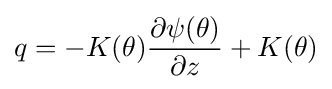
q=-K(\theta ){\frac {\partial \psi (\theta )}{\partial z}}+K(\theta )